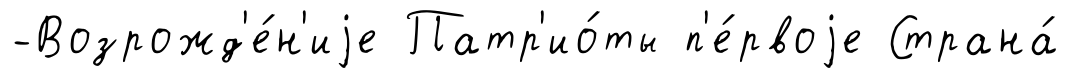
-Возрожд'е́н'иjе Патр'ио́ты п'е́рвоjе Страна́